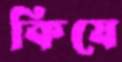
কিযে